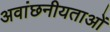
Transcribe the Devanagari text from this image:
अवांछनीयताओं